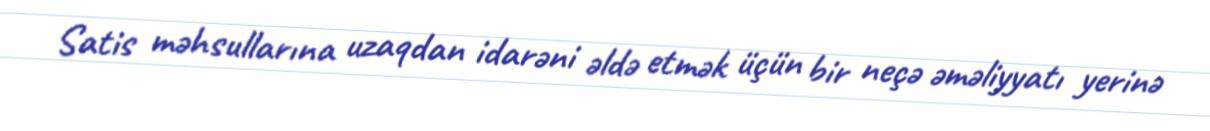
Satis məhsullarına uzaqdan idarəni əldə etmək üçün bir neçə əməliyyatı yerinə